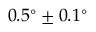
0 . 5 ^ { \circ } \pm 0 . 1 ^ { \circ }